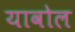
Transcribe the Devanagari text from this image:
यावोल